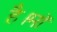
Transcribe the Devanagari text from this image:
है।माॅ